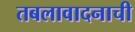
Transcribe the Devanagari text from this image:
तबलावादनाची